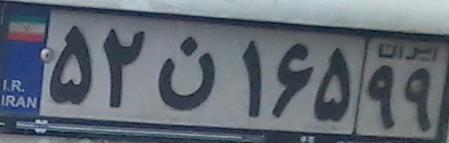
۵۲ن۱۶۵۹۹